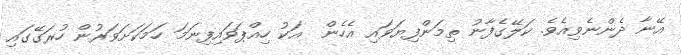
އޭނާ ދެންނެވިއެވެ. ކަލޭގެފާނު ތިމަންފިޔަވައި އެހެން  އަކު ހިއްޕަވައިފިނަމަ ހަމަކަށަވަރުން ހުރަގޭގައި